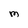
Character: m